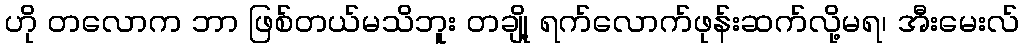
ဟို တလောက ဘာ ဖြစ်တယ်မသိဘူး တချို့ ရက်လောက်ဖုန်းဆက်လို့မရ၊ အီးမေးလ်